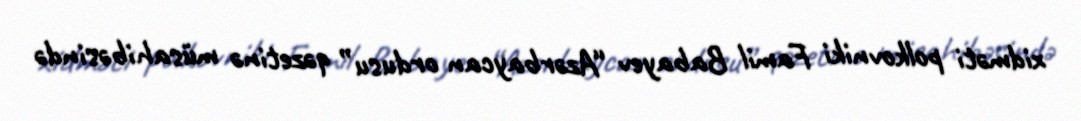
xidməti polkovniki Famil Babayev “Azərbaycan ordusu” qəzetinə müsahibəsində